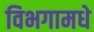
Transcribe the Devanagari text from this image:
विभगामधे